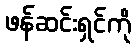
ဖန်ဆင်းရှင်ကို